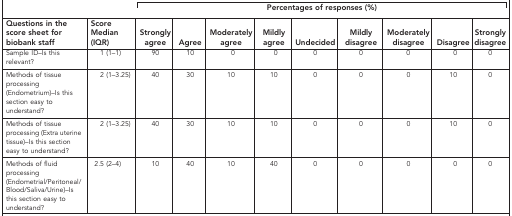
<table><thead><tr><td>[EMPTY_CELL]</td><td>[EMPTY_CELL]</td><td colspan="9"><b>Percentages of responses (%)</b></td></tr><tr><td><b>Questions in the score sheet for biobank staff</b></td><td><b>Score Median (IQR)</b></td><td><b>Strongly agree</b></td><td><b>Agree</b></td><td><b>Moderately agree</b></td><td><b>Mildly agree</b></td><td><b>Undecided</b></td><td><b>Mildly disagree</b></td><td><b>Moderately disagree</b></td><td><b>Disagree</b></td><td><b>Strongly disagree</b></td></tr></thead><tbody><tr><td>Sample ID–Is this relevant?</td><td>1 (1–1)</td><td>90</td><td>10</td><td>0</td><td>0</td><td>0</td><td>0</td><td>0</td><td>0</td><td>0</td></tr><tr><td>Methods of tissue processing (Endometrium)–Is this section easy to understand?</td><td>2 (1–3.25)</td><td>40</td><td>30</td><td>10</td><td>10</td><td>0</td><td>0</td><td>0</td><td>10</td><td>0</td></tr><tr><td>Methods of tissue processing (Extra uterine tissue)–Is this section easy to understand?</td><td>2 (1–3.25)</td><td>40</td><td>30</td><td>10</td><td>10</td><td>0</td><td>0</td><td>0</td><td>10</td><td>0</td></tr><tr><td>Methods of fluid processing (Endometrial/Peritoneal/Blood/Saliva/Urine)–Is this section easy to understand?</td><td>2.5 (2–4)</td><td>10</td><td>40</td><td>10</td><td>40</td><td>0</td><td>0</td><td>0</td><td>0</td><td>0</td></tr></tbody></table>